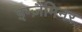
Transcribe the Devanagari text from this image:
इग्ज़ैमिनर